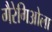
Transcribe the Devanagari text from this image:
गैरेगिओला